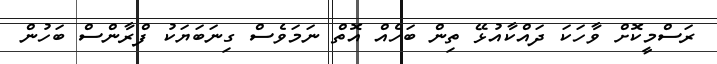
ރަސްމީކޮށް ވާހަކަ ދައްކާއުޅޭ ތިން ބަހެއް އޮތް ނަމަވެސް ގިނަބަޔަކު ފްރާންސް ބަހުން